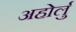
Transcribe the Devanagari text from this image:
अहोर्लु